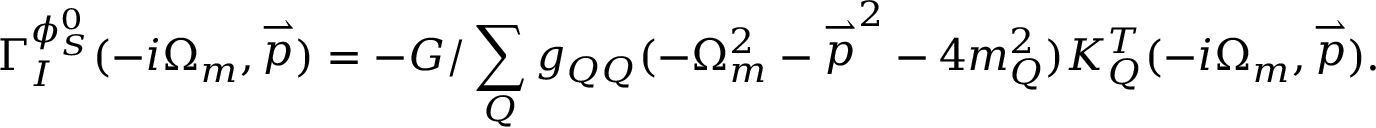
\Gamma _ { I } ^ { \phi _ { S } ^ { 0 } } ( - i \Omega _ { m } , \stackrel { \rightharpoonup } { p } ) = - G / \sum _ { Q } g _ { Q Q } ( - \Omega _ { m } ^ { 2 } - { \stackrel { \rightharpoonup } { p } } ^ { 2 } - 4 m _ { Q } ^ { 2 } ) K _ { Q } ^ { T } ( - i \Omega _ { m } , \stackrel { \rightharpoonup } { p } ) .